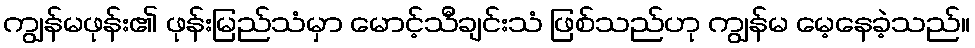
ကျွန်မဖုန်း၏ ဖုန်းမြည်သံမှာ မောင့်သီချင်းသံ ဖြစ်သည်ဟု ကျွန်မ မေ့နေခဲ့သည်။